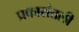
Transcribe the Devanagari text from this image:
प्रकारांतली